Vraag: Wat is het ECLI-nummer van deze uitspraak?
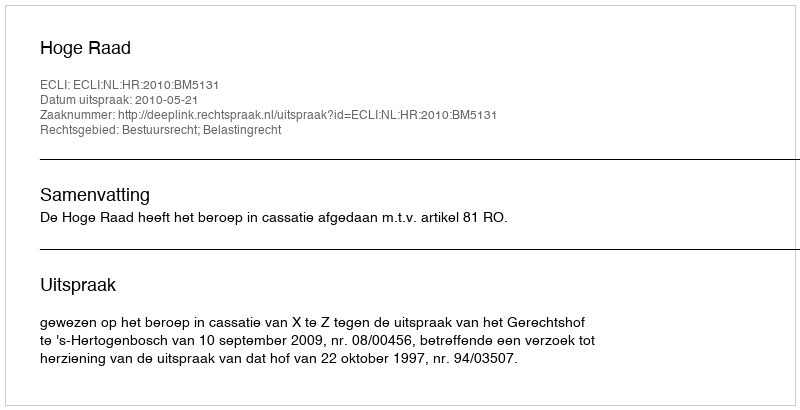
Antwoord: ECLI:NL:HR:2010:BM5131